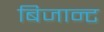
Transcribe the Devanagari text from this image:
बिजान्ट